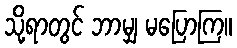
သို့ရာတွင် ဘာမျှ မပြောကြ။